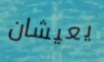
يعيشان